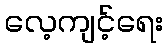
လေ့ကျင့်ရေး